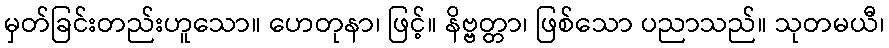
မှတ်ခြင်းတည်းဟူသော။ ဟေတုနာ၊ ဖြင့်။ နိဗ္ဗတ္တာ၊ ဖြစ်သော ပညာသည်။ သုတမယီ၊